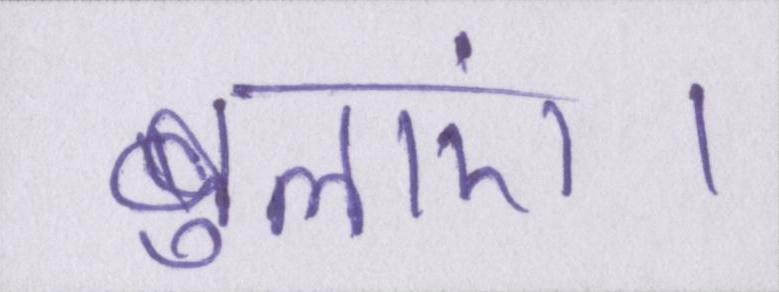
बुलाएं।